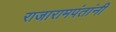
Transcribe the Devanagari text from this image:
राजारामपंतांनी